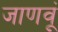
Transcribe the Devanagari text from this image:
जाणवूं